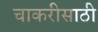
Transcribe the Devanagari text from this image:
चाकरीसाठी